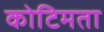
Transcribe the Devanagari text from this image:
कोटिमता